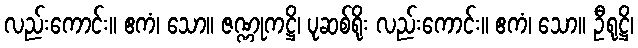
လည်းကောင်း။ ဧကံ၊ သော။ ဇဏ္ဏုကဋ္ဌိ၊ ပုဆစ်ရိုး လည်းကောင်း။ ဧကံ၊ သော။ ဦရုဋ္ဌိ၊